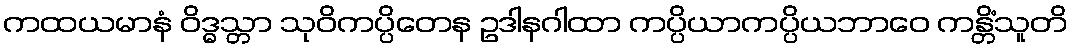
ကထယမာနံ ဝိဒ္ဓသ္တာ သုဝိကပ္ပိတေန ဥဒါနဂါထာ ကပ္ပိယာကပ္ပိယဘာဝေ ကန္တိံသူတိ